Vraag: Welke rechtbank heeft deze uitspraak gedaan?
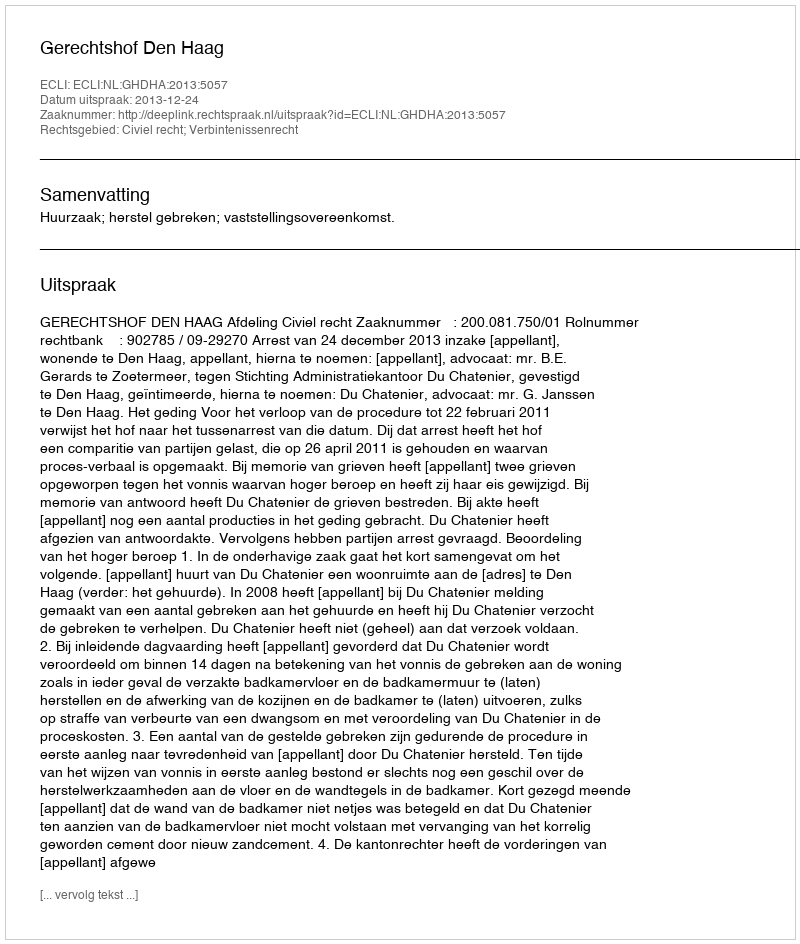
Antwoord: Gerechtshof Den Haag